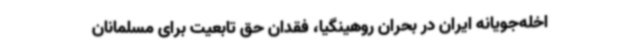
اخله‌جویانه ایران در بحران روهینگیا، فقدان حق تابعیت برای مسلمانان